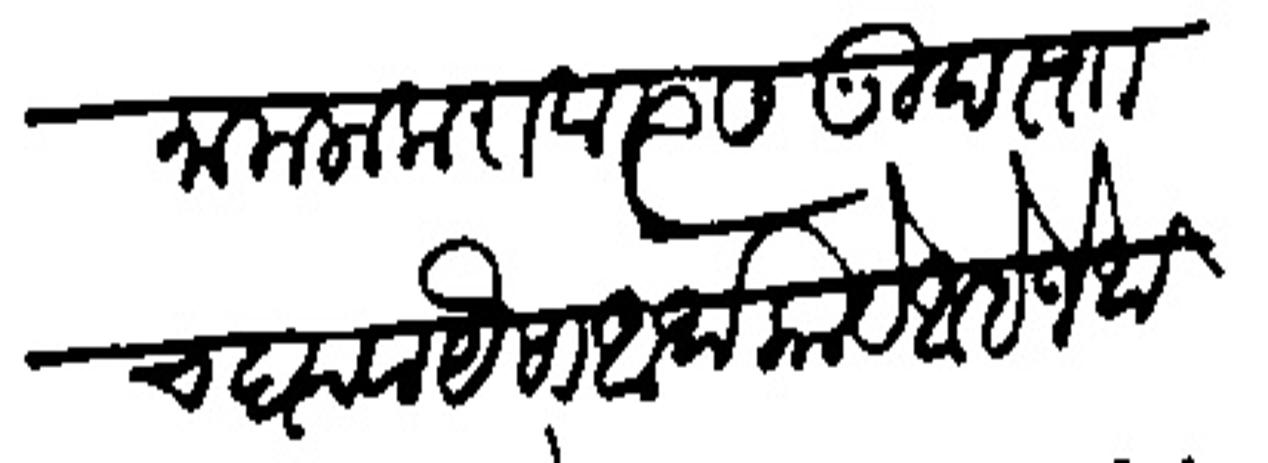
Transliteration (Devanagari): मामला करावा त्यास गुदस्ता च प्यावा यंसा आर्थ काये आहे जेयवरी